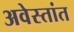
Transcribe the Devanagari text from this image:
अवेस्तांत